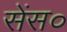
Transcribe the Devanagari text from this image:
सेंस०